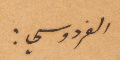
الفردوسي: